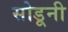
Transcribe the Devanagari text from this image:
सोडूनी